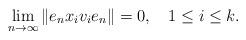
LaTeX: \begin{align*}\lim_{n\to\infty} \| e_nx_iv_ie_n\|=0,\ \ \ 1\leq i\leq k.\end{align*}